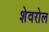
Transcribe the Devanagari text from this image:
शेवरोल